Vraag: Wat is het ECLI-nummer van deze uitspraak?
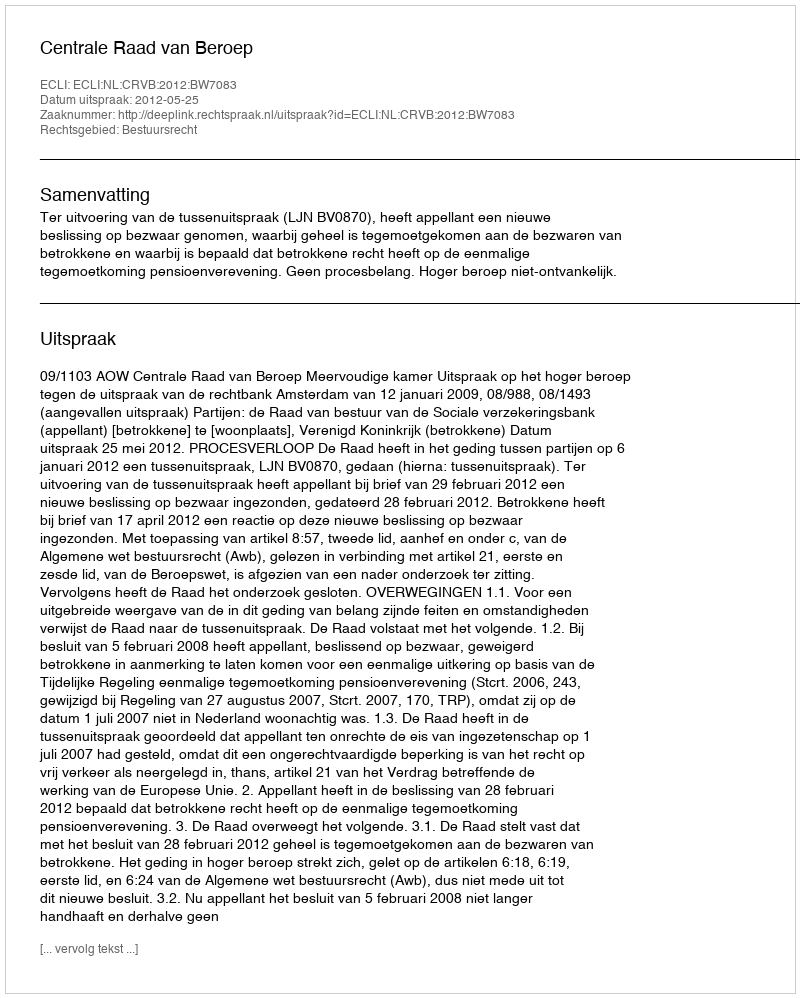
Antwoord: ECLI:NL:CRVB:2012:BW7083